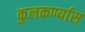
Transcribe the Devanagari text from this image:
कुलकर्ण्यास